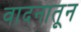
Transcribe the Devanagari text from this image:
वादनातून